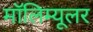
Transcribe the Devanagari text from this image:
मॉलिम्यूलर